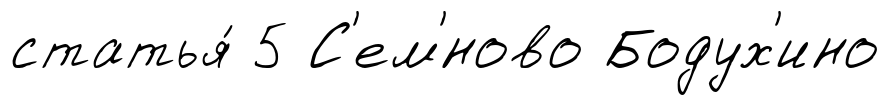
статья́ 5 С'ем'́ново Бодух'ино